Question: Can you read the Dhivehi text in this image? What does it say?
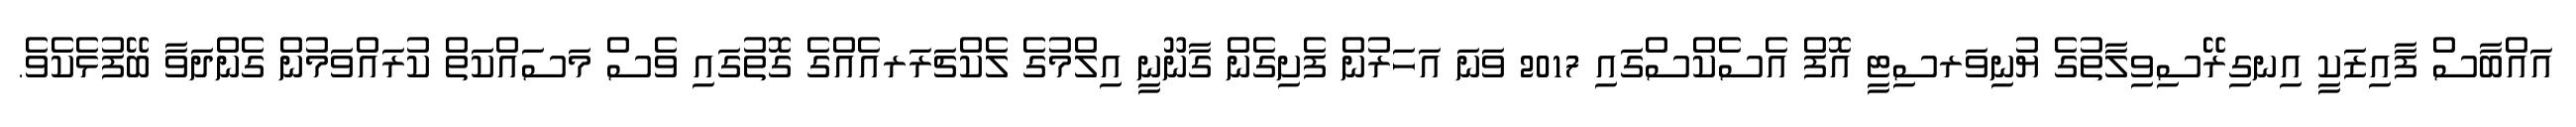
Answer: އައްބާސް ފާއިޒަކީ އިނގިރޭސިވިލާތުގެ ޔުނިވަރސިޓީ އޮފް އެސެކްސްގައި 2017 ވަނަ އަހަރުން ފެށިގެން ގާނޫނީ އިލްމުގެ ލެކްޗަރަރއެއްގެ ގޮތުގައި ވެސް މަސައްކަތް ކުރައްވަމުން ގެންދަވާ ބޭފުޅެކެވެ.